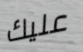
عليك